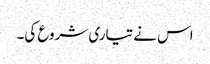
اس نے تیاری شروع کی۔